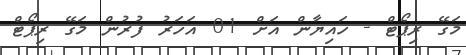
މަގޭ ރިޕޯޓް - ހައިޔާން އަށް 01 އަހަރު ފުރުން މަގޭ ރިޕޯޓް